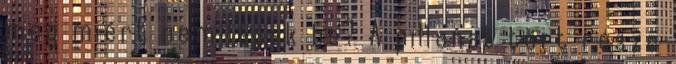
meg miért nem lépek be? A pillanat tört része